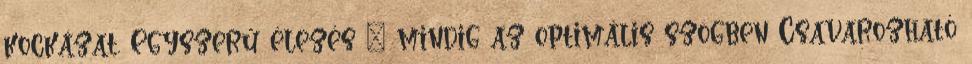
kockázat. Egyszerű élezés – mindig az optimális szögben Csavarozható